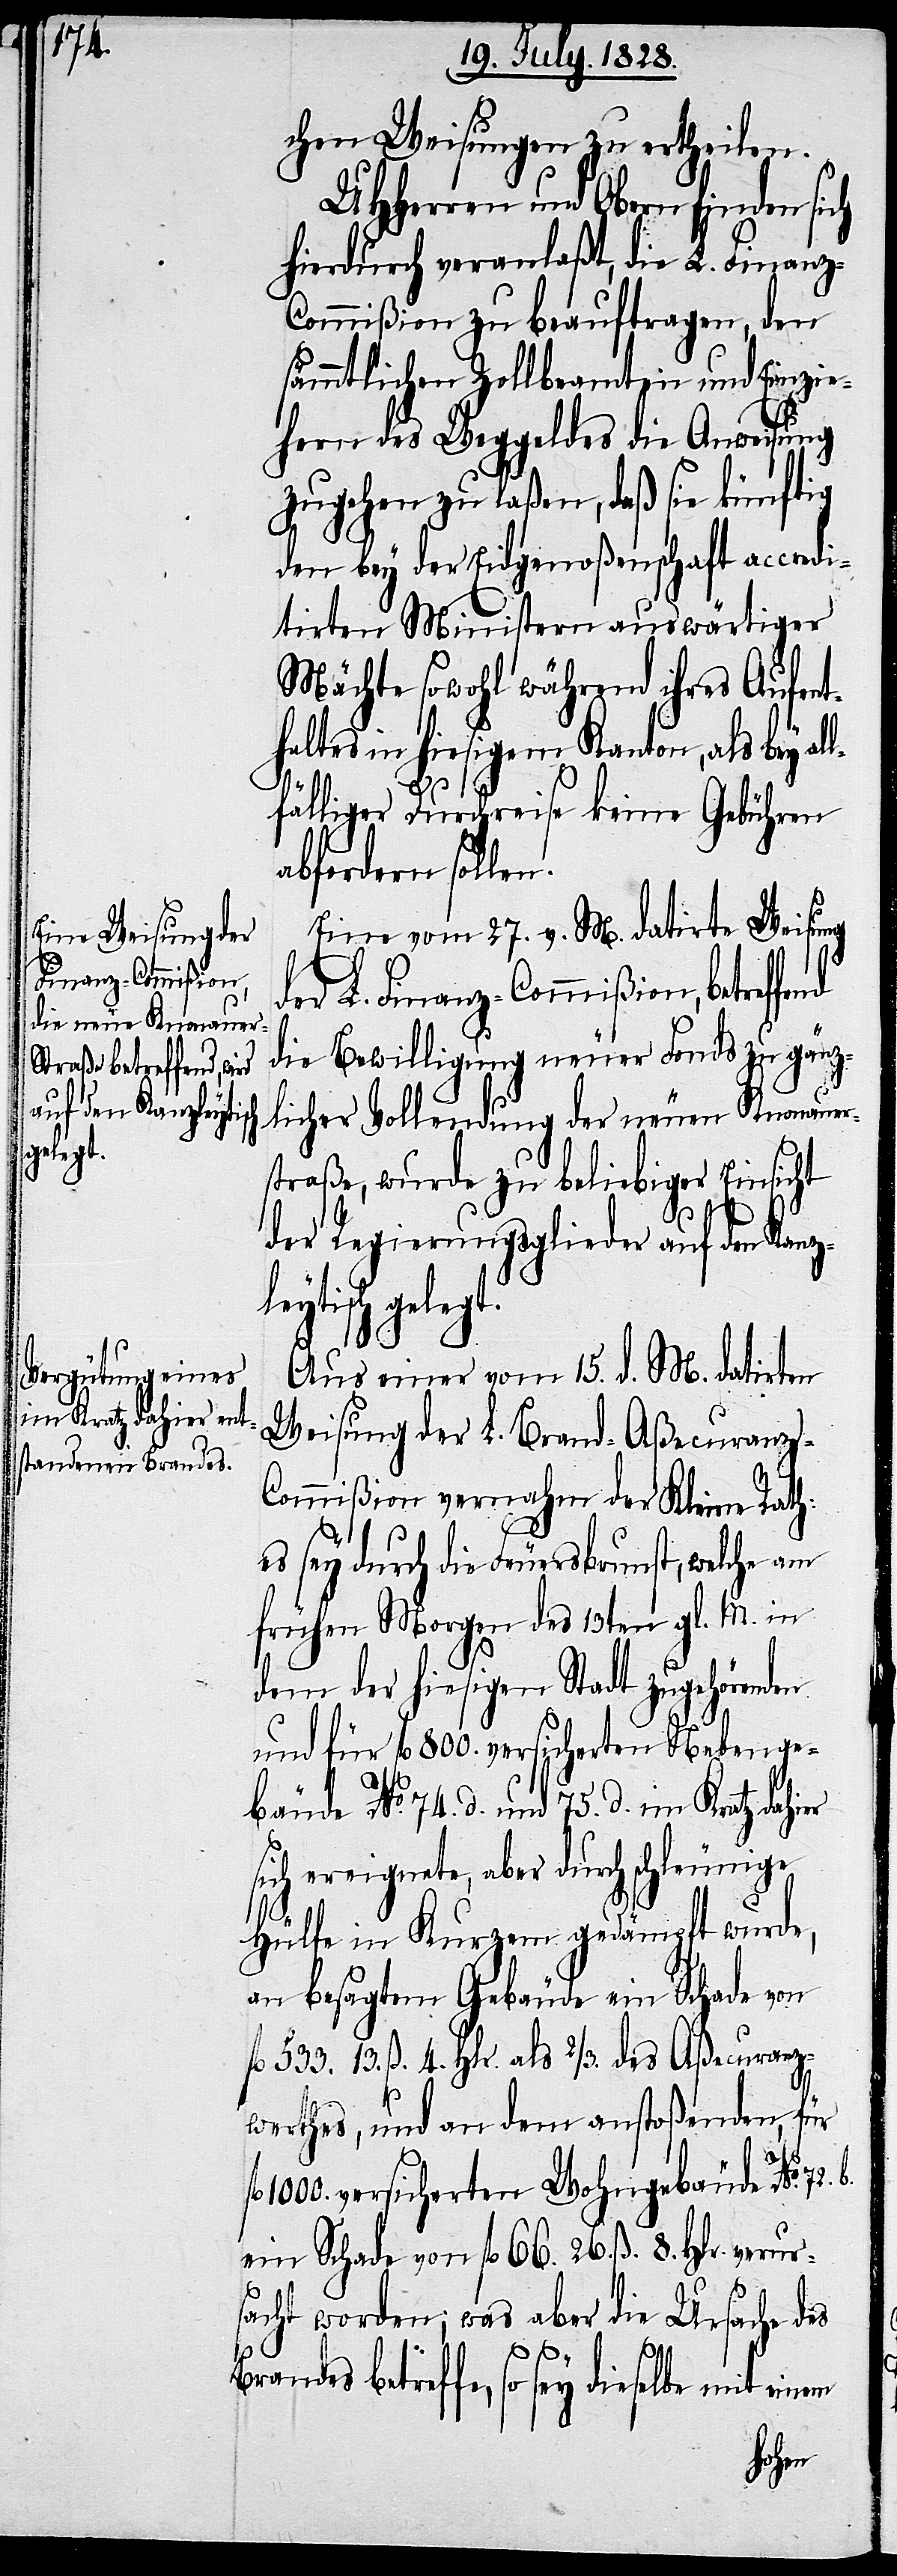
chen Weisungen zu ertheilen.
UHHerren und Obern finden sich
hierdurch veranlaßt, die L. Finan¬
z-Commißion zu beauftragen, den
sämmtlichen Zollbeamten und Einzie¬
hern des Weggeldes die Anweisung
zugehen zu laßen, daß sie künftig
den bey der Eidgenoßenschaft accredi¬
tirten Ministern auswärtiger
Mächte sowohl während ihres Aufent¬
haltes in hiesigem Kanton, als bey al¬
lfälliger Durchreise keine Gebühren
abfordern sollen.
Eine vom 27. v. M. datirte Weisung
der L. Finanz-Commißion, betref¬
die Bewilligung neuer Fonds zu gänz¬
licher Vollendung der neuen Knonauer¬
straße, wurde zu beliebiger Einsicht
der Regierungsglieder auf den Kanz¬
leytisch gelegt.
Aus einer vom 15. d. M. datirten
Weisung der L. Brand-Aßecuranz-C¬
ommißion vernahm der Kleine Rath:
es sey durch die Feuersbrunst, welche am
frühen Morgen des 13ten gl. M. in
dem der hiesigen Stadt zugehörenden
und für fl. 800. versicherten Nebenge¬
bäude No. 74. d. und 75. d. im Kratz dahier
sich ereignete, aber durch schleunige
Hülfe in Kurzem gedämpft wurde,
an besagtem Gebäude ein Schade von
fl. 533. 13. ß. 4. Hlr. als 2/3. des Aßecuranz¬
werthes, und an dem anstoßenden, für
1000. versicherten Wohngebäude No. 72.
ein Schade von fl. 66. 26. ß. 8. Hlr. verurs¬
acht worden; was aber die Ursache des
betreffe, so sey dieselbe mit ein¬
em